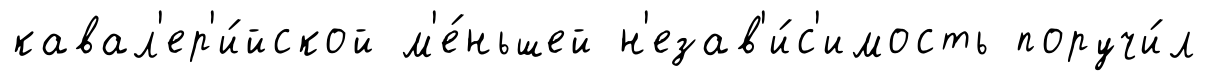
кавал'ер'и́йской м'е́ньшей н'езав'и́с'имость поручи́л